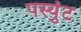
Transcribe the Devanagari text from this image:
पर्स्युट